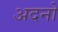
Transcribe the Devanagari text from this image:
अदनो